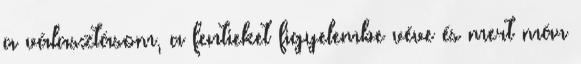
a választásom, a fentieket figyelembe véve és mert már